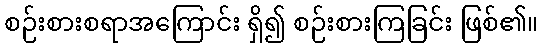
စဉ်းစားစရာအကြောင်း ရှိ၍ စဉ်းစားကြခြင်း ဖြစ်၏။